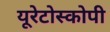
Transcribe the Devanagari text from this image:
यूरेटोस्कोपी